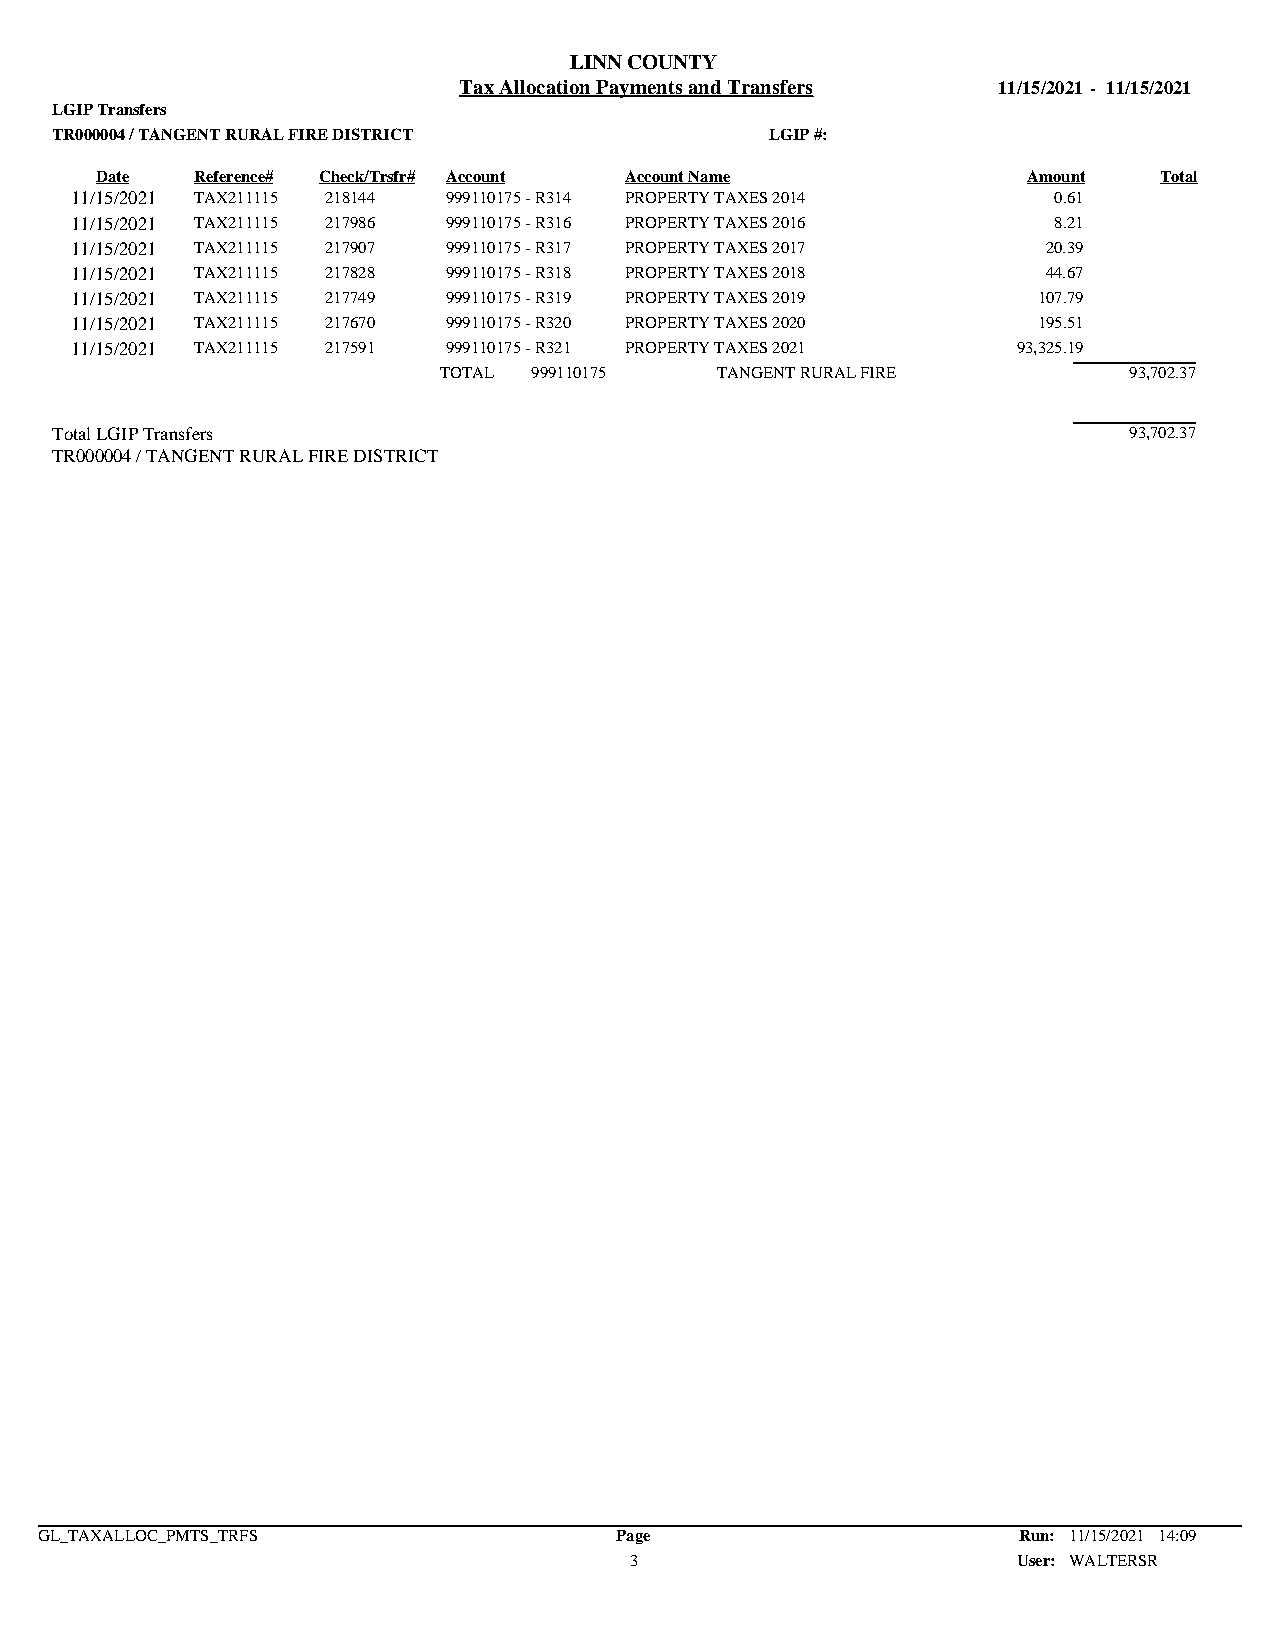
LINN COUNTY
 Tax Allocation Payments and Transfers 11/15/2021 - 11/15/2021
 LGIP Transfers
 TR000004 / TANGENT RURAL FIRE DISTRICT          LGIP #:
 Date   Reference# Check/Trsfr# Account Account Name           Amount   Total
 11/15/2021 TAX211115 218144 999110175 - R314 PROPERTY TAXES 2014 0.61
 11/15/2021 TAX211115 217986 999110175 - R316 PROPERTY TAXES 2016 8.21
 11/15/2021 TAX211115 217907 999110175 - R317 PROPERTY TAXES 2017 20.39
 11/15/2021 TAX211115 217828 999110175 - R318 PROPERTY TAXES 2018 44.67
 11/15/2021 TAX211115 217749 999110175 - R319 PROPERTY TAXES 2019 107.79
 11/15/2021 TAX211115 217670 999110175 - R320 PROPERTY TAXES 2020 195.51
 11/15/2021 TAX211115 217591 999110175 - R321 PROPERTY TAXES 2021 93,325.19
 TOTAL 999110175   TANGENT RURAL FIRE          93,702.37
 Total LGIP Transfers                                                    93,702.37
 TR000004 / TANGENT RURAL FIRE DISTRICT
 GL_TAXALLOC_PMTS_TRFS                  Page                      Run: 11/15/2021 14:09
 3                        User: WALTERSR